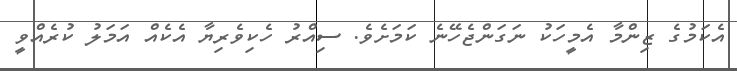
އެކަމުގެ ޒިންމާ އެމީހަކު ނަގަންޖެހޭނެ ކަމަށެވެ. ސިއްރު ހެކިވެރިޔާ އެކެއް އަމަލު ކުރެއްވީ